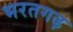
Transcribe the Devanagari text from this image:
भरतगढ़